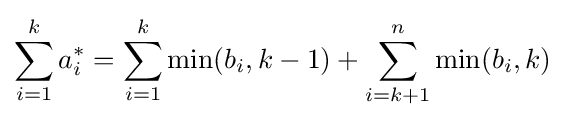
\sum _{i=1}^{k}a_{i}^{*}=\sum _{i=1}^{k}\min(b_{i},k-1)+\sum _{i=k+1}^{n}\min(b_{i},k)